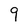
Character: 9